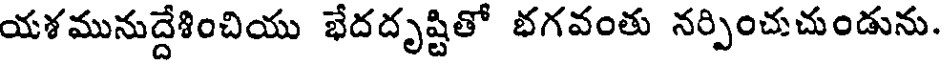
యశమునుద్దేశించియు భేదదృష్టితో భగవంతు నర్పించుచుండును.